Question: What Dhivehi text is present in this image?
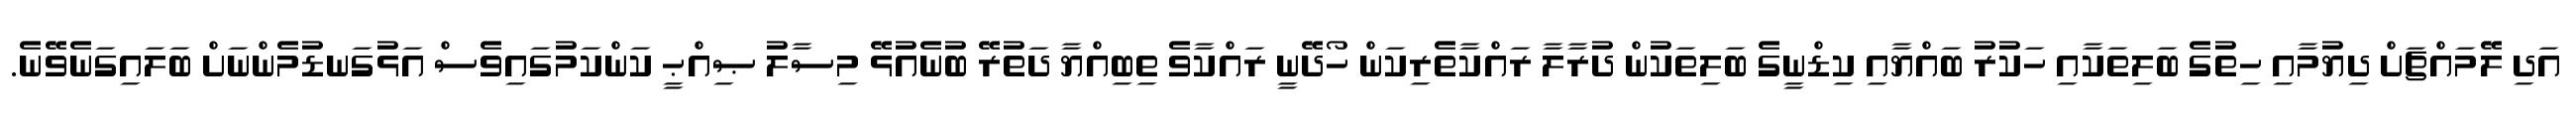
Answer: އަދި ލޭމައްޗަށް ދިޔުމާއި ހިތުގެ ބަލިތަކާއި ހަކުރު ބައްޔާއި ކިޑްނީގެ ބަލިތަކުން ދުރާލާ ރައްކާތެރިކަން ހޯދޭނީ ރައްކާވެ ތިބިއްޔާ ދަތުރޭ ބުނެއުޅޭ މިސާލު ޞިއްޙީ ކަންކަމުގައިވެސް އަޅުގަނޑުމެންނަށް ބަލައިގަނެވޭނެ.